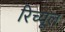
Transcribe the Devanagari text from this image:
रिच्यूल